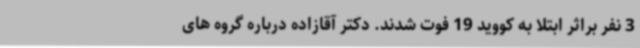
3 نفر براثر ابتلا به کووید 19 فوت شدند. دکتر آقازاده درباره گروه های